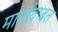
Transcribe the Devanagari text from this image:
मार्गाबाबत